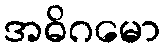
အဓိဂမော